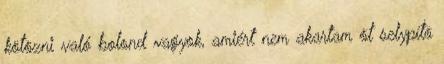
kötözni való bolond vagyok, amiért nem akartam õt selypítõ